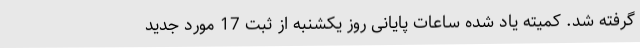
گرفته شد. کمیته یاد شده ساعات پایانی روز یکشنبه از ثبت 17 مورد جدید